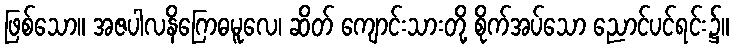
ဖြစ်သော။ အဇပါလနိဂြောဓမူလေ၊ ဆိတ် ကျောင်းသားတို့ စိုက်အပ်သော ညောင်ပင်ရင်း၌။